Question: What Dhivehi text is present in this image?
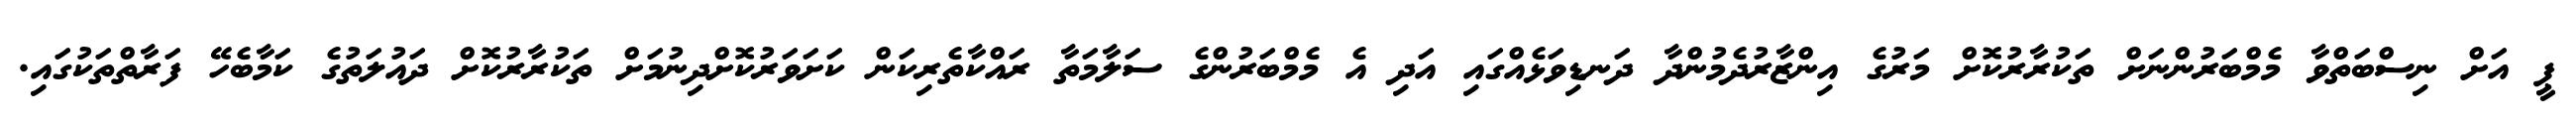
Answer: ޕީ އަށް ނިސްބަތްވާ މެމްބަރުންނަށް ތަކުރާރުކޮށް މަރުގެ އިންޒާރުދެމުންދާ ދަނޑިވަޅެއްގައި އަދި އެ މެމްބަރުންގެ ސަލާމަތާ ރައްކާތެރިކަން ކަށަވަރުކޮށްދިނުމަށް ތަކުރާރުކޮށް ދައުލަތުގެ ކަމާބެހޭ ފަރާތްތަކުގައި.